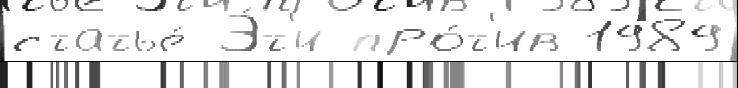
статье́ Э́т'и про́т'ив 1989